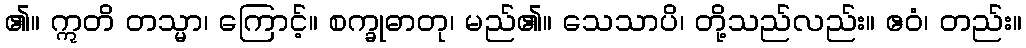
၏။ ဣတိ တသ္မာ၊ ကြောင့်။ စက္ခုဓာတု၊ မည်၏။ သေသာပိ၊ တို့သည်လည်း။ ဧဝံ၊ တည်း။